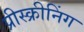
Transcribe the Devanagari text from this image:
प्रीस्क्रीनिंग